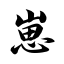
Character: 崽